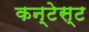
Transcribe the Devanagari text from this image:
कन्टेस्ट